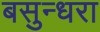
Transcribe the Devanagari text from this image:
बसुन्धरा